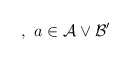
\begin{align*},\,\,a\in \mathcal{A}\vee \mathcal{B}^{\prime }\end{align*}